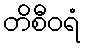
တိစီဝရံ